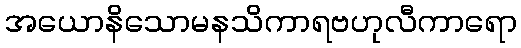
အယောနိသောမနသိကာရဗဟုလီကာရော